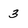
Character: 3